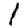
Digit: 1